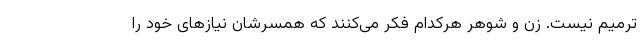
ترمیم نیست. زن و شوهر هرکدام فکر می‌کنند که همسرشان نیازهای خود را